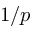
1 / p